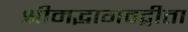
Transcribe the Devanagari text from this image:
श्रीमद्भागवद्गीता